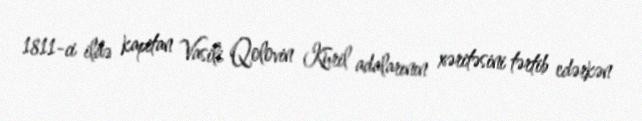
1811-ci ildə kapitan Vasili Qolovin Kuril adalarının xəritəsini tərtib edərkən